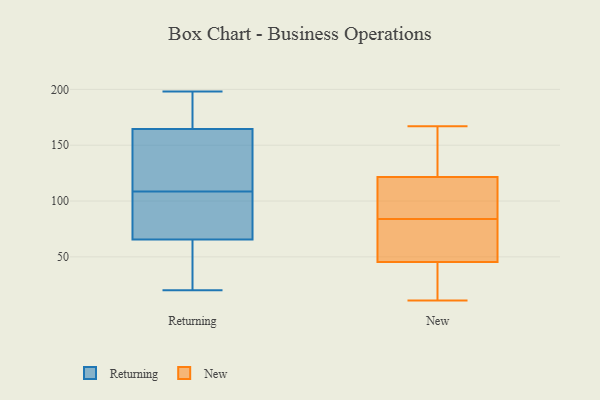
{"axis": {"x": "Shipments", "y": "Value"}, "legend": ["New", "Returning"], "data": [{"x": "", "y": 159, "type": "Returning"}, {"x": "", "y": 160, "type": "Returning"}, {"x": "", "y": 86, "type": "Returning"}, {"x": "", "y": 54, "type": "Returning"}, {"x": "", "y": 87, "type": "Returning"}, {"x": "", "y": 146, "type": "Returning"}, {"x": "", "y": 198, "type": "Returning"}, {"x": "", "y": 83, "type": "Returning"}, {"x": "", "y": 61, "type": "Returning"}, {"x": "", "y": 47, "type": "Returning"}, {"x": "", "y": 92, "type": "Returning"}, {"x": "", "y": 20, "type": "Returning"}, {"x": "", "y": 125, "type": "Returning"}, {"x": "", "y": 197, "type": "Returning"}, {"x": "", "y": 70, "type": "Returning"}, {"x": "", "y": 34, "type": "Returning"}, {"x": "", "y": 173, "type": "Returning"}, {"x": "", "y": 187, "type": "Returning"}, {"x": "", "y": 147, "type": "Returning"}, {"x": "", "y": 169, "type": "Returning"}, {"x": "", "y": 68, "type": "New"}, {"x": "", "y": 99, "type": "New"}, {"x": "", "y": 11, "type": "New"}, {"x": "", "y": 123, "type": "New"}, {"x": "", "y": 167, "type": "New"}, {"x": "", "y": 32, "type": "New"}, {"x": "", "y": 145, "type": "New"}, {"x": "", "y": 98, "type": "New"}, {"x": "", "y": 49, "type": "New"}, {"x": "", "y": 110, "type": "New"}, {"x": "", "y": 69, "type": "New"}, {"x": "", "y": 42, "type": "New"}, {"x": "", "y": 152, "type": "New"}, {"x": "", "y": 70, "type": "New"}, {"x": "", "y": 120, "type": "New"}, {"x": "", "y": 17, "type": "New"}]}